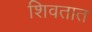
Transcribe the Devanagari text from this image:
शिवतात